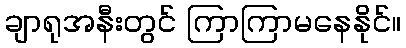
ချာရုအနီးတွင် ကြာကြာမနေနိုင်။